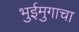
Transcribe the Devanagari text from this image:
भुईमुगाचा